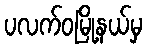
ပလက်ဝမြို့နယ်မှ